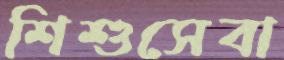
শিশুসেবা